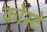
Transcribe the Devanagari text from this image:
कोस्टे